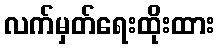
လက်မှတ်ရေးထိုးထား